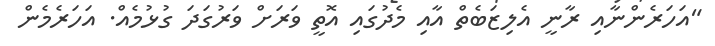
"އަހަރެންނާއި ރާނީ އެލިޒަބެތް އާއި މެދުގައި އޮތީ ވަރަށް ވަރުގަދަ ގުޅުމެއް. އަހަރެމެން